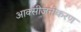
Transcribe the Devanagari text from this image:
आक्सीजनीकरण